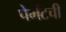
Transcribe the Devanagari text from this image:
पेमेंटची